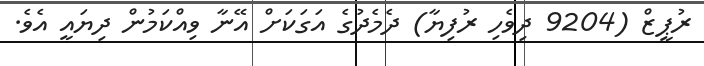
ރުޕީޒް (9204 ދިވެހި ރުފިޔާ) ދެމެދުގެ އަގަކަށް އޭނާ ވިއްކަމުން ދިޔައީ އެވެ.